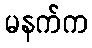
မနက်က